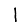
Digit: 1